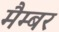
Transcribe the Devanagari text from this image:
मैम्बर